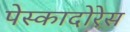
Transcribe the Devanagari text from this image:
पेस्कादोरेस